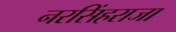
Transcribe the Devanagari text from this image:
नरसिंहराजा